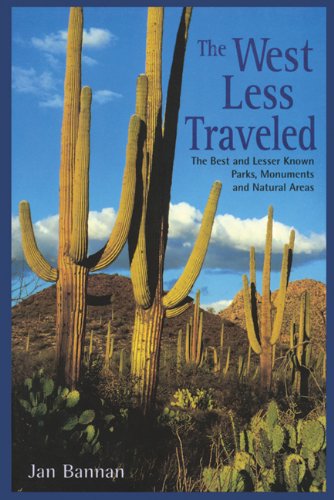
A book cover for The West Less Traveled: The Best and Lesser Known Parks, Monuments, and Natural Areas; Jan Bannan; Travel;